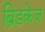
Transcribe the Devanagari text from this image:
ब्रिडकेज